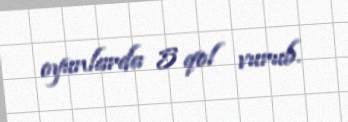
oyunlarda 5 qol vurub.